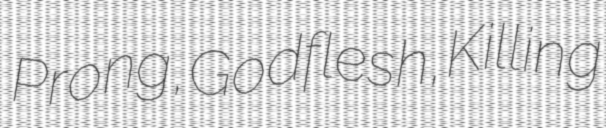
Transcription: Prong, Godflesh, Killing